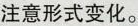
注意形式变化。